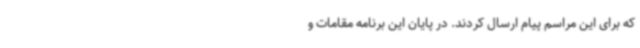
که برای این مراسم پیام ارسال کردند. در پایان این برنامه‌ مقامات و